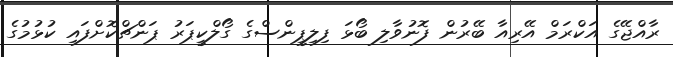
ރާއްޖޭގެ އަކްރަމް އޭރިއާ ބޭރުން ފޮނުވާލި ބޯޅަ ފިލިޕީންސްގެ ގޯލްކީޕަރު ޕަންޗްކޮށްފައި ކުޅުމުގެ